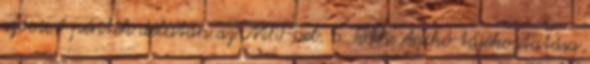
szóvivő péntek délután az MTI-vel. S. Tóth Anikó tájékoztatása